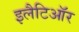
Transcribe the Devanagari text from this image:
इलैटिऑर